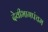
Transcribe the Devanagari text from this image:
देवीभागपंचम